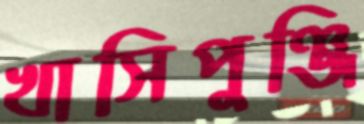
খাসিপুঞ্জি